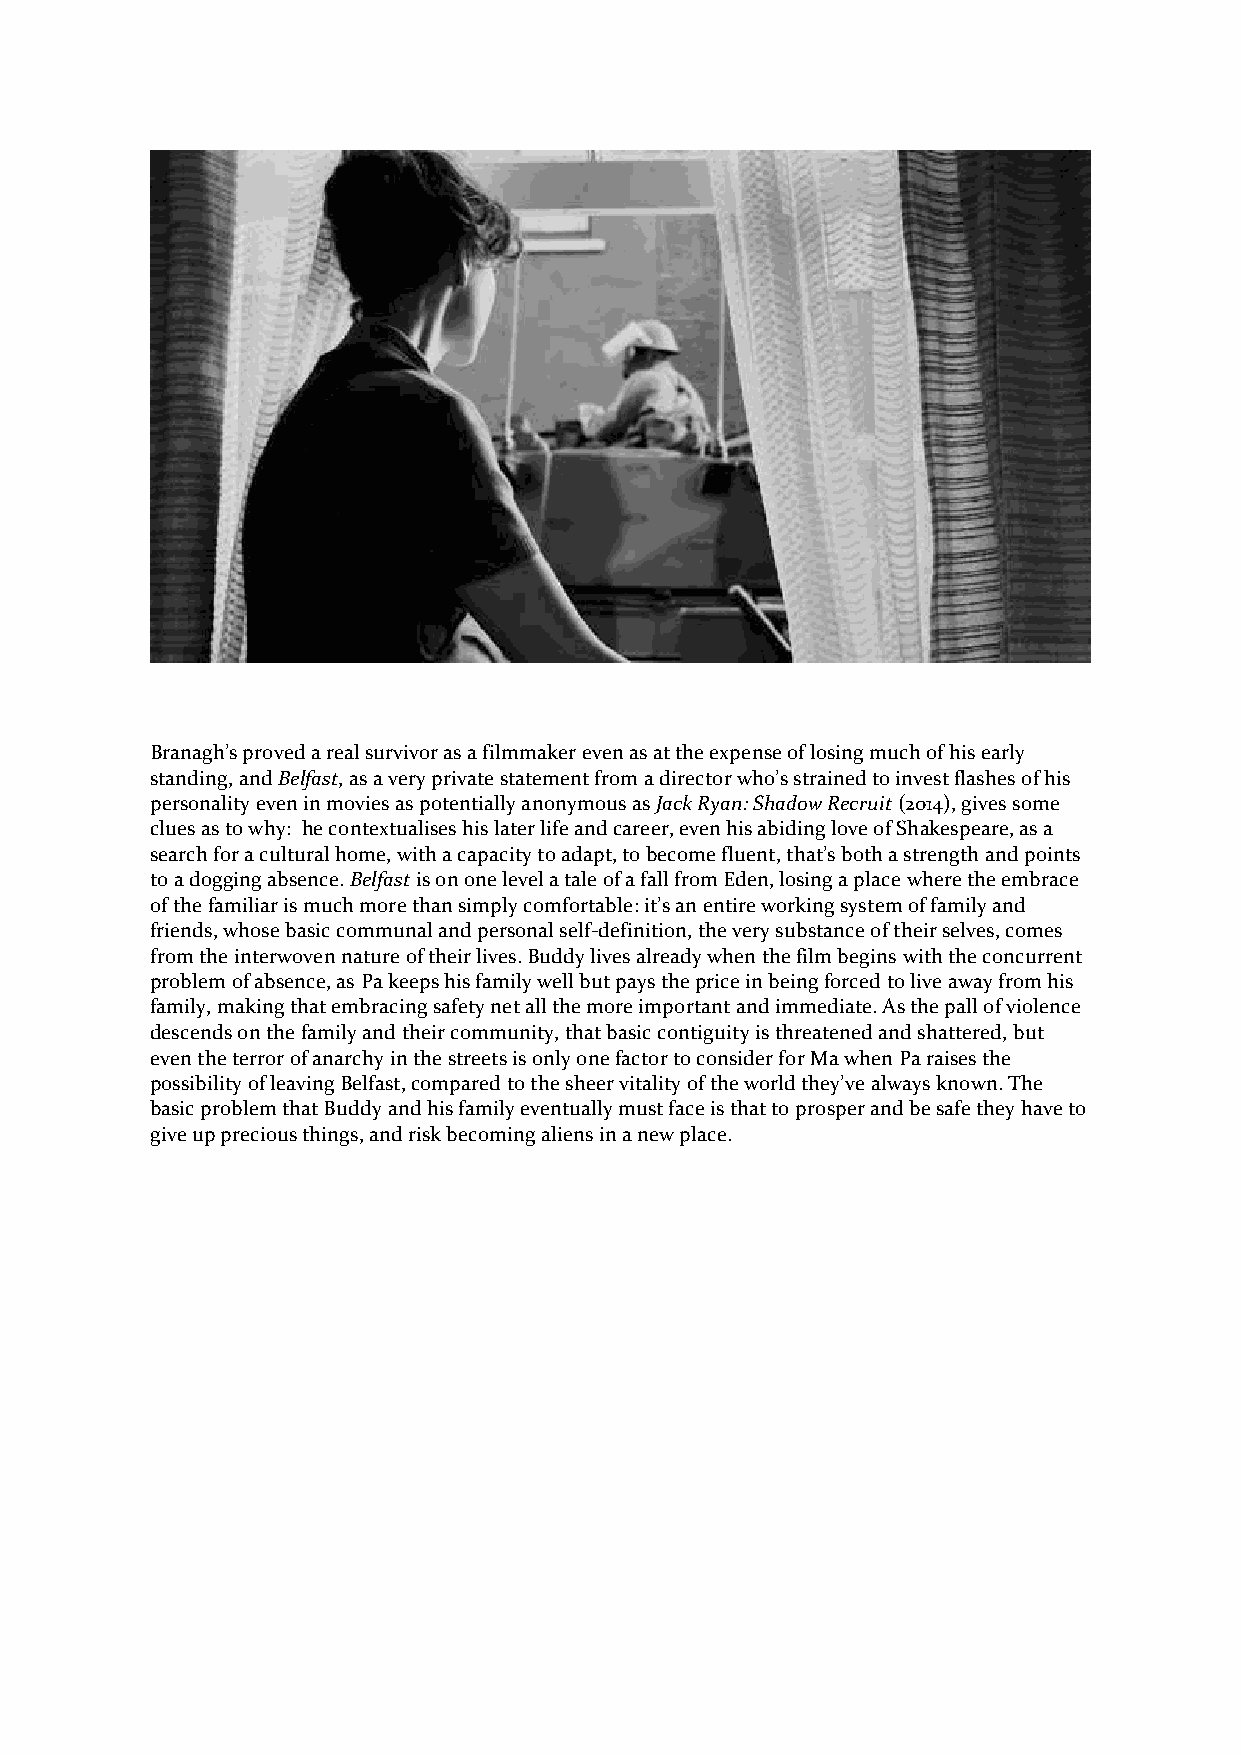
Branagh’s proved a real survivor as a filmmaker even as at the expense of losing much of his early
 standing, and Belfast, as a very private statement from a director who’s strained to invest flashes of his
 personality even in movies as potentially anonymous as Jack Ryan: Shadow Recruit (2014), gives some
 clues as to why: he contextualises his later life and career, even his abiding love of Shakespeare, as a
 search for a cultural home, with a capacity to adapt, to become fluent, that’s both a strength and points
 to a dogging absence. Belfast is on one level a tale of a fall from Eden, losing a place where the embrace
 of the familiar is much more than simply comfortable: it’s an entire working system of family and
 friends, whose basic communal and personal self-definition, the very substance of their selves, comes
 from the interwoven nature of their lives. Buddy lives already when the film begins with the concurrent
 problem of absence, as Pa keeps his family well but pays the price in being forced to live away from his
 family, making that embracing safety net all the more important and immediate. As the pall of violence
 descends on the family and their community, that basic contiguity is threatened and shattered, but
 even the terror of anarchy in the streets is only one factor to consider for Ma when Pa raises the
 possibility of leaving Belfast, compared to the sheer vitality of the world they’ve always known. The
 basic problem that Buddy and his family eventually must face is that to prosper and be safe they have to
 give up precious things, and risk becoming aliens in a new place.